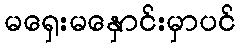
မရှေးမနှောင်းမှာပင်